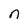
Character: n